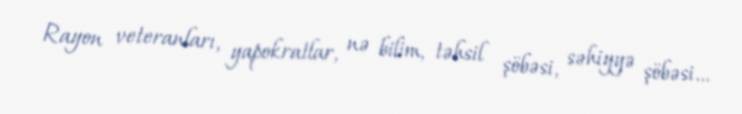
Rayon veteranları, yapokratlar, nə bilim, təhsil şöbəsi, səhiyyə şöbəsi...